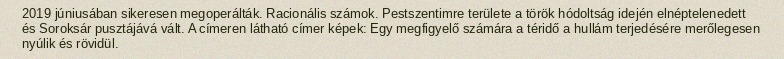
2019 júniusában sikeresen megoperálták. Racionális számok. Pestszentimre területe a török hódoltság idején elnéptelenedett és Soroksár pusztájává vált. A címeren látható címer képek: Egy megfigyelő számára a téridő a hullám terjedésére merőlegesen nyúlik és rövidül.